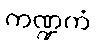
ကဏ္ဍကံ